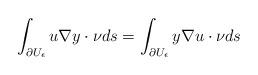
LaTeX: \begin{align*} \int_{\partial U_{\epsilon}} u\nabla y\cdot \nu ds = \int_{\partial U_{\epsilon}} y \nabla u\cdot\nu ds\end{align*}